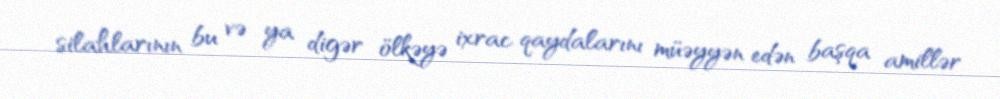
silahlarının bu və ya digər ölkəyə ixrac qaydalarını müəyyən edən başqa amillər